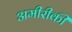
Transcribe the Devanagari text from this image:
अमीरीकी